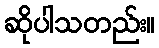
ဆိုပါသတည်း။